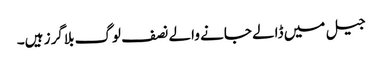
جیل میں ڈالے جانے والے نصف لوگ بلاگرز ہیں۔